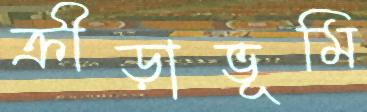
ক্রীড়াভূমি